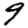
Digit: 9